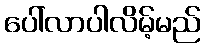
ပေါ်လာပါလိမ့်မည်